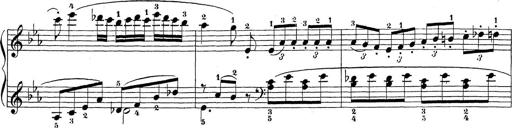
Title: Sonatina Album
Composer: Louis KÃ¶hler